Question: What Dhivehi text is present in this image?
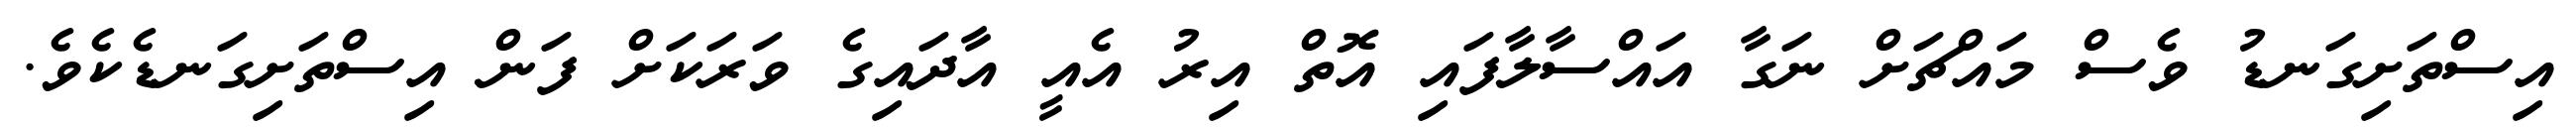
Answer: އިސްތަށިގަނޑު ވެސް މައްޗަށް ނަގާ އައްސާލާފައި އޮތް އިރު އެއީ އާދައިގެ ވަރަކަށް ފަން އިސްތަށިގަނޑެކެވެ.